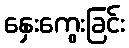
နှေးကွေးခြင်း